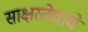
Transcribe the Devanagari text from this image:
साक्षरतेचाचे